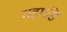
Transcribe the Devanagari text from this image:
महमडिं